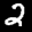
Label: 2